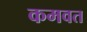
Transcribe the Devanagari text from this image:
कमवत